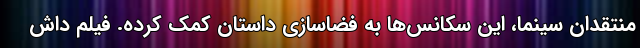
منتقدانِ سینما، این سکانس‌ها به فضاسازی داستان کمک کرده. فیلمِ داش